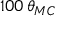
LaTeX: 1 0 0 \, \theta _ { M C }